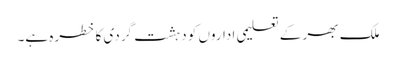
ملک بھر کے تعلیمی اداروں کو دہشت گردی کا خطرہ ہے۔